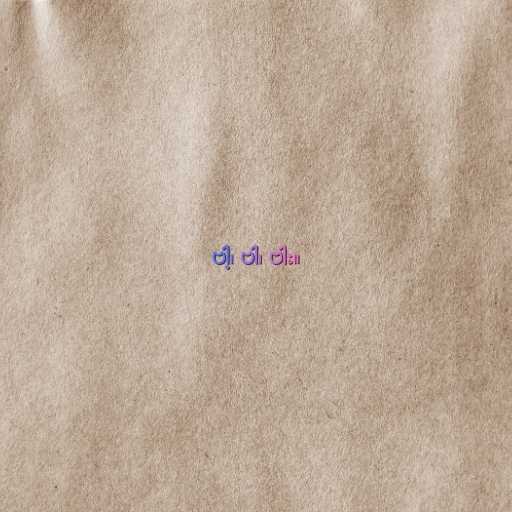
ဗါ့၊ ဗါ၊ ဗါး။